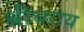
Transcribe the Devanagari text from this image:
श्रीधराय